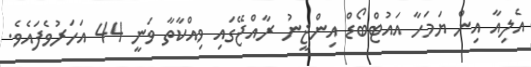
އެލިއާ އިން ޔަމަހާ އައުޓްބޯޑް އިންޖީނު ރާއްޖޭގައި ވިއްކާތާ ވަނީ 44 އަހަރުވެފައެވެ.